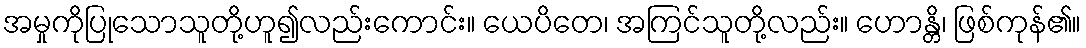
အမှုကိုပြုသောသူတို့ဟူ၍လည်းကောင်း။ ယေပိတေ၊ အကြင်သူတို့လည်း။ ဟောန္တိ၊ ဖြစ်ကုန်၏။